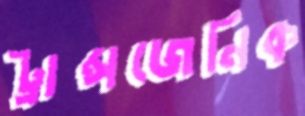
ট্রান্সজেনিক